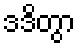
ဒဒိတွာ